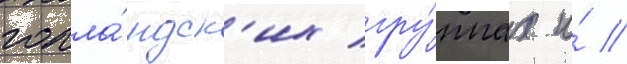
голла́ндск'их гру́ппах и́ //